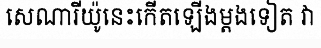
សេណារីយ៉ូនេះកើតឡើងម្តងទៀត វា